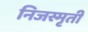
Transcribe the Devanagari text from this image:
निजस्मृती